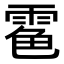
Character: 𩃊